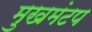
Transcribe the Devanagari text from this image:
मुखमंटप